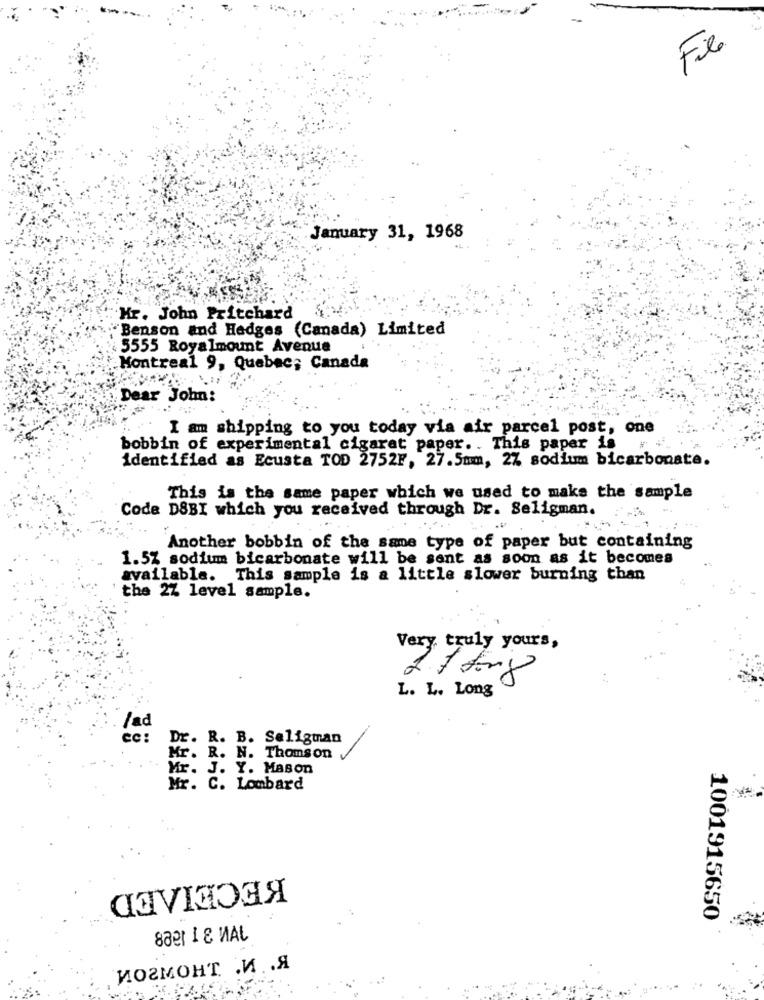
Fe
January 31, 1968
Hr. John Pritchard
Benson and Hedges (Canada) Limited
5555 Royalmount Avenue
:Montreal 9, Quebec, Canada
Dear John:
I am shipping to you today via air parcel post, one
bobbin of experimental cigaret paper .. This paper is
identified as Ecusta TOD 2752F, 27.5mm, 2% sodium bicarbonate.
This is the same paper which we used to make the sample
Code DSBI which you received through Dr. Seligman.
Another bobbin of the same type of paper but containing
1.5% sodium bicarbonate will be sent as soon as it becomes
available. This sample is a little slower burning than
the 27 level sample.
Very truly yours,
L. L. Long
lad
cc:
Dr. R. B. Seligman
Mr. R. N. Thomson
Mr. J. Y. Mason
Mr. C. Lombard
KECEIAED
1001915650
иогмонт .и .. я